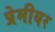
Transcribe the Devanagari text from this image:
प्रेमीयर